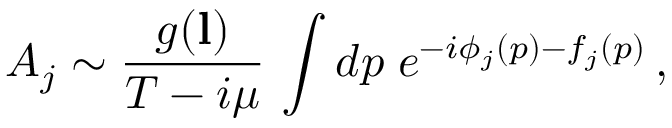
{ \cal A } _ { j } \sim \frac { g ( { \bf l } ) } { T - i \mu } \, \int d p \; e ^ { - i \phi _ { j } ( p ) - f _ { j } ( p ) } \, ,